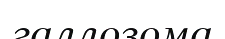
галлозома